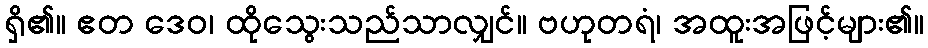
ရှိ၏။ ဧတ ဒေဝ၊ ထိုသွေးသည်သာလျှင်။ ဗဟုတရံ၊ အထူးအဖြင့်များ၏။